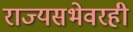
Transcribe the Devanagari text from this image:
राज्यसभेवरही